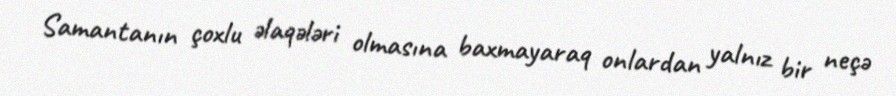
Samantanın çoxlu əlaqələri olmasına baxmayaraq onlardan yalnız bir neçə